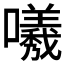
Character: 𭌟